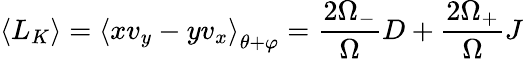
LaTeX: \left\langle L_{K}\right\rangle=\left\langle xv_{y}-yv_{x}\right\rangle_{\theta+\varphi}=\frac{2\Omega_{-}}{\Omega}D+\frac{2\Omega_{+}}{\Omega}J